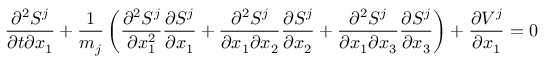
\frac { \partial ^ { 2 } S ^ { j } } { \partial t \partial x _ { 1 } } + \frac { 1 } { m _ { j } } \left( \frac { \partial ^ { 2 } S ^ { j } } { \partial x _ { 1 } ^ { 2 } } \frac { \partial S ^ { j } } { \partial x _ { 1 } } + \frac { \partial ^ { 2 } S ^ { j } } { \partial x _ { 1 } \partial x _ { 2 } } \frac { \partial S ^ { j } } { \partial x _ { 2 } } + \frac { \partial ^ { 2 } S ^ { j } } { \partial x _ { 1 } \partial x _ { 3 } } \frac { \partial S ^ { j } } { \partial x _ { 3 } } \right) + \frac { \partial V ^ { j } } { \partial x _ { 1 } } = 0